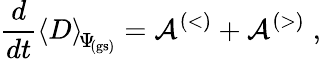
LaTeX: \frac{d}{dt}\left\langle D\right\rangle_{\scriptstyle\! \Psi_{\mathrm{\! {\scriptscriptstyle(gs)}}}}={\mathcal A}^{(<)}+{\mathcal A}^{(>)}\; ,